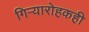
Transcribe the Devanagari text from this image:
गिऱ्यारोहकही